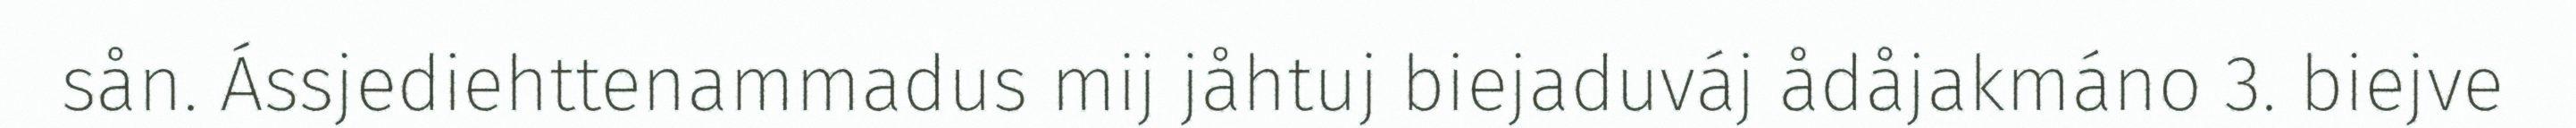
sån. Ássjediehttenammadus mij jåhtuj biejaduváj ådåjakmáno 3. biejve